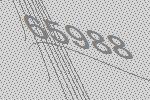
65988